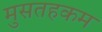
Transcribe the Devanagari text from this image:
मुसतहकम